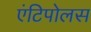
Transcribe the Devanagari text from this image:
एंटिपोलस